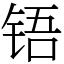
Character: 铻